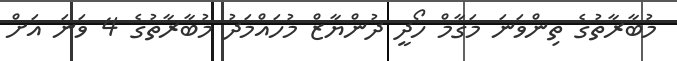
މުބާރާތުގެ ތިންވަނަ މަގާމް ހޯދީ ދުންޔާޒް މުހައްމަދު މުބާރާތުގެ 4 ވަނަ އަށް